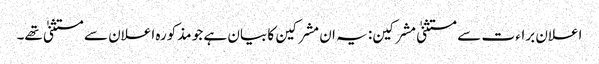
اعلان براء ت سے مستثنیٰ مشرکین: یہ ان مشرکین کا بیان ہے جو مذکورہ اعلان سے مستثنیٰ تھے۔